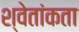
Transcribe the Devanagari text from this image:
श्वेतांकता